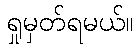
ရှုမှတ်ရမယ်။